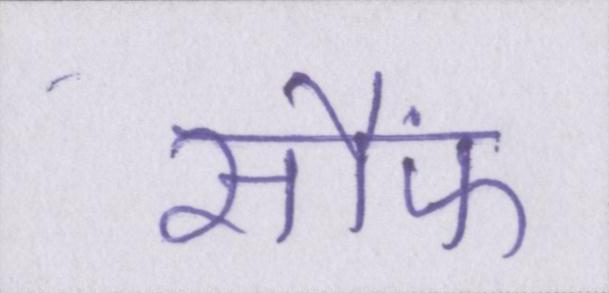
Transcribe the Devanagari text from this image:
सौंफ